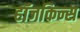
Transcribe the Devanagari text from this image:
हॉजकिन्स